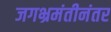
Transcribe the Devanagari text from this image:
जगभ्रमंतीनंतर